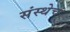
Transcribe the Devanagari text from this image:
संस्थेचं